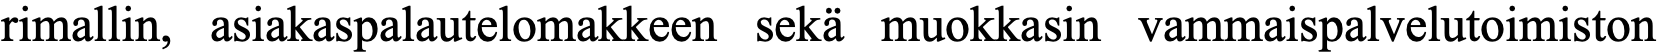
rimallin, asiakaspalautelomakkeen sekä muokkasin vammaispalvelutoimiston